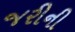
જરીની